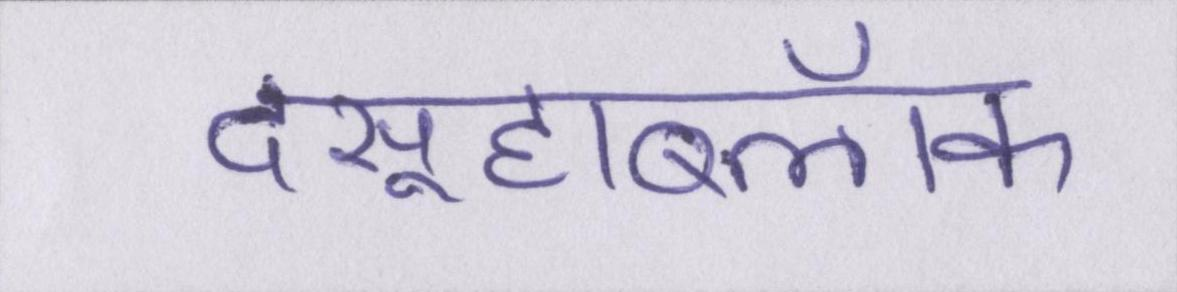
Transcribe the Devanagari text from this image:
दसूहाब्लॉक